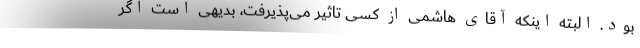
بود. البته اینکه آقای هاشمی از کسی تاثیر می‌پذیرفت، بدیهی است اگر